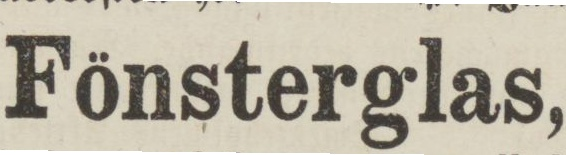
Fönsterglas,